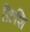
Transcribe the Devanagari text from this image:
क्रिशि